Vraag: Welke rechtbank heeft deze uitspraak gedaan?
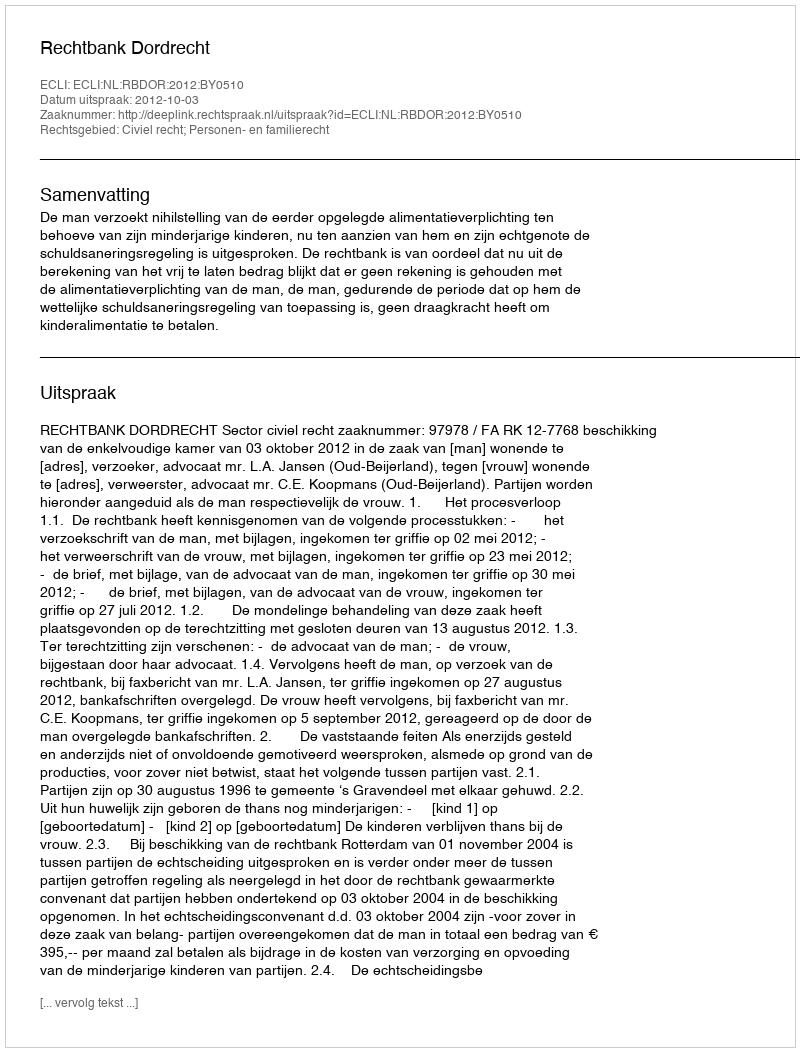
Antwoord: Rechtbank Dordrecht